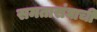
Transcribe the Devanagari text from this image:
समतासंघाची